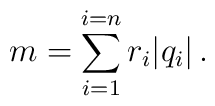
m = \sum_{i=1}^{i=n}r_{i}|q_{i}|\, .